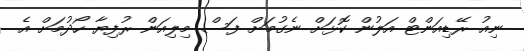
ނިއު ރޭޑިއަންޓް އަލުން ކޮޅަށް ނެގުމަށް ފަސް މިލިއަން ރުފިޔާ ހޯދުމަށް އެ